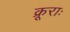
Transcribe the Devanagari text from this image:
क्रूराः